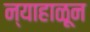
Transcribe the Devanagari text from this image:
न्याहाळून